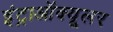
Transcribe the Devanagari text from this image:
इंट्राऑक्यूलर